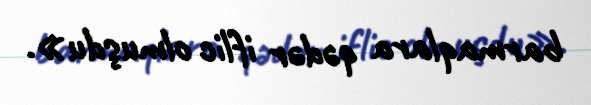
barmaqlara qədər iflic olmuşdu».